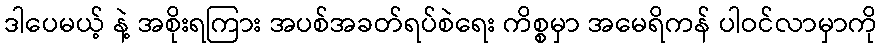
ဒါပေမယ့် နဲ့ အစိုးရကြား အပစ်အခတ်ရပ်စဲရေး ကိစ္စမှာ အမေရိကန် ပါဝင်လာမှာကို